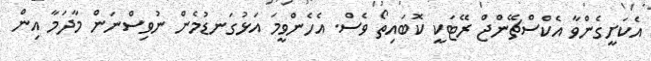
އެކަށީގެންވާ އެކްސްޗޭންޖް ރޭޓަކީ ކޮބައިތޯ ވެސް. އެހެންވީމަ އަޅުގަނޑުމެން ނުވިސްނަން މާދަމާ އިން